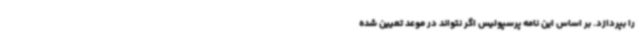
را بپردازد. بر اساس این نامه پرسپولیس‌ اگر نتواند در موعد تعیین شده